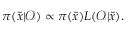
\pi ( \tilde { x } | \mathcal { O } ) \propto \pi ( \tilde { x } ) L ( \mathcal { O } | \tilde { x } ) .